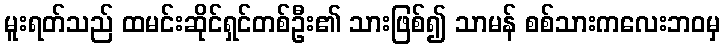
မူးရတ်သည် ထမင်းဆိုင်ရှင်တစ်ဦး၏ သားဖြစ်၍ သာမန် စစ်သားကလေးဘဝမှ